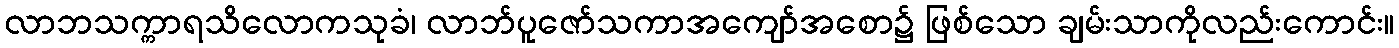
လာဘသက္ကာရသိလောကသုခံ၊ လာဘ်ပူဇော်သကာအကျော်အစော၌ ဖြစ်သော ချမ်းသာကိုလည်းကောင်း။